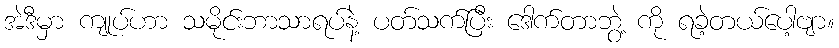
အဲဒီမှာ ကျုပ်ဟာ သမိုင်းဘာသာရပ်နဲ့ ပတ်သက်ပြီး ဒေါက်တာဘွဲ့ ကို ရခဲ့တယ်ပေါ့ဗျာ။